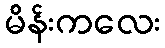
မိန်းကလေး